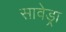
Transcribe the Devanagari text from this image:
सावेड्रा